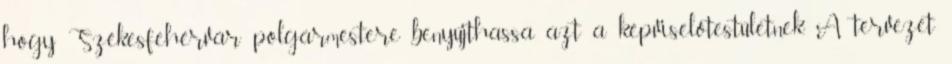
hogy Székesfehérvár polgármestere benyújthassa azt a képviselőtestületnek. A tervezet